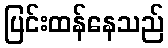
ပြင်းထန်နေသည်